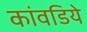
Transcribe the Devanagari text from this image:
कांवडिये